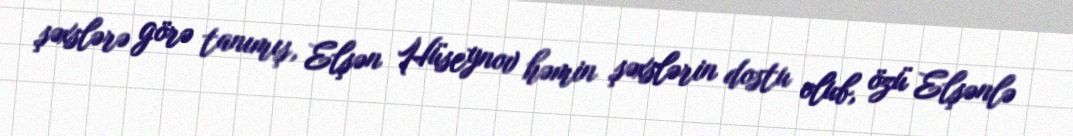
şəxslərə görə tanımış, Elşən Hüseynov həmin şəxslərin dostu olub, özü Elşənlə